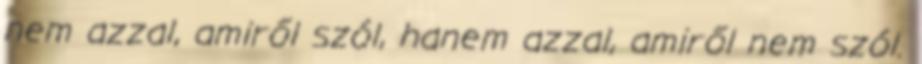
nem azzal, amiről szól, hanem azzal, amiről nem szól.